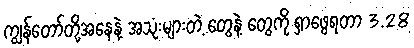
ကျွန်တော်တို့အနေနဲ့ အသုံးများတဲ့ တွေနဲ့ တွေကို ရှာဖွေရတာ 3.28